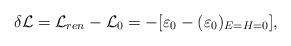
LaTeX: \begin{align*}\delta {\cal L} = {\cal L}_{ren} - {\cal L}_0 = - [ \varepsilon_0 - (\varepsilon_0)_{E = H = 0} ],\end{align*}